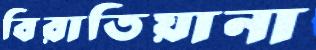
বিরাতিয়ানা